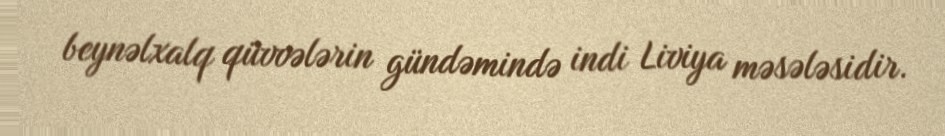
beynəlxalq qüvvələrin gündəmində indi Liviya məsələsidir.